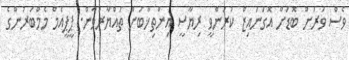
ވެސް ވަރަށް ބޮޑަށް އޮގަނައިޒް ކުރަންވީ ރިޔާސީ އިންތިޚާބަށް ތައްޔާރުވާން. ޕީޕީއެމް މެމްބަރުންގެ